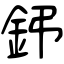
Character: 鈟